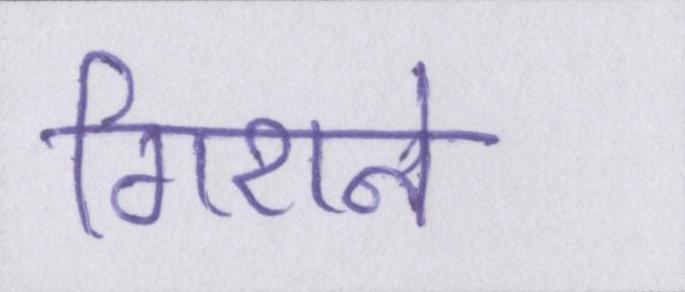
गिराने